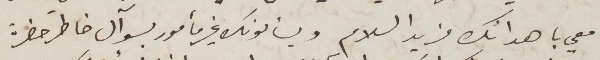
معي باهدائك فريد السلام ويسألونك غير مأمور بسوآل خاطر حضرة